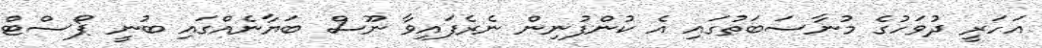
އަހަރީ ދުވަހުގެ މުނާސަބަތުގައި އެ ކުންފުނިން ނެރެފައިވާ ނޫސް ބަޔާނެއްގައި ބުނީ ޕޯސްޓް